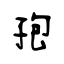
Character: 孢